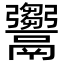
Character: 𩱦